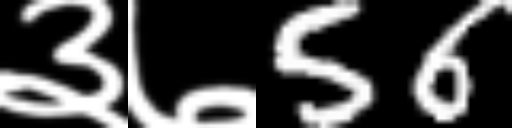
Text: ३७56